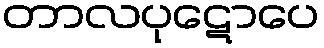
တာလပုဋောပေ